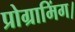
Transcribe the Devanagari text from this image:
प्रोग्रामिंग।